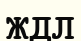
ЖДЛ